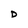
Character: D